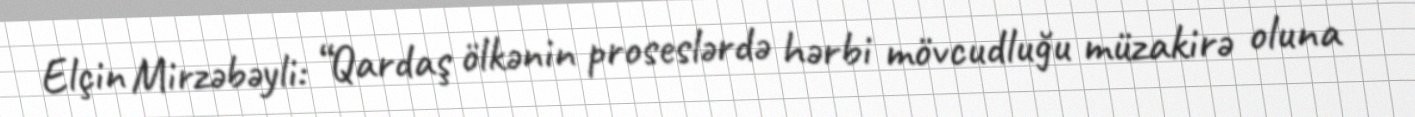
Elçin Mirzəbəyli: “Qardaş ölkənin proseslərdə hərbi mövcudluğu müzakirə oluna